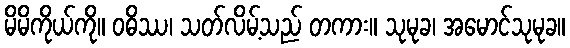
မိမိကိုယ်ကို။ ဝဓိဿ၊ သတ်လိမ့်သည် တကား။ သုမုခ၊ အမောင်သုမုခ။